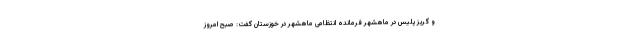
و گریز پلیس در ماهشهر فرمانده انتظامی ماهشهر در خوزستان گفت: صبح امروز